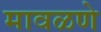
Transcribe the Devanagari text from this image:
मावळणे